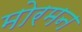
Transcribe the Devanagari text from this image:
मोरमन